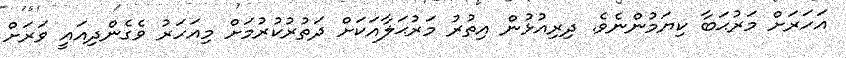
އަހަރަށް މަރުޙަބާ ކިޔަމުންނެވެ. ދިރިއުޅުން އިތުރު މަރުޙަލާއަކަށް ދަތުރުކުރުމަށް މިއަހަރު ވެގެންދިއައީ ވަރަށް